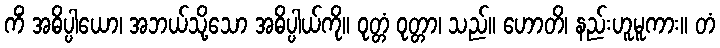
ကိံ အဓိပ္ပါယော၊ အဘယ်သို့သော အဓိပ္ပါယ်ကို။ ဝုတ္တံ ဝုတ္တာ၊ သည်။ ဟောတိ၊ နည်းဟူမူကား။ တံ